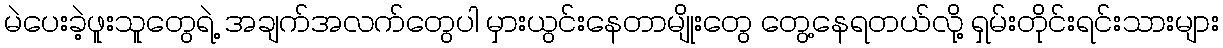
မဲပေးခဲ့ဖူးသူတွေရဲ့ အချက်အလက်တွေပါ မှားယွင်းနေတာမျိုးတွေ တွေ့နေရတယ်လို့ ရှမ်းတိုင်းရင်းသားများ